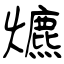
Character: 爊